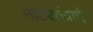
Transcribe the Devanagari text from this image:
नाट्यतंत्राचे